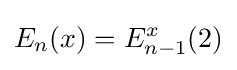
E_{n}(x)=E_{n-1}^{x}(2)